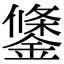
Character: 鎥